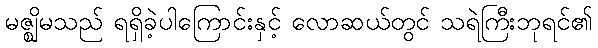
မဇ္ဈိမသည် ရရှိခဲ့ပါကြောင်းနှင့် လောဆယ်တွင် သရဲကြီးဘုရင်၏